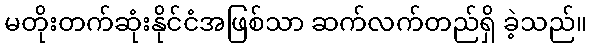
မတိုးတက်ဆုံးနိုင်ငံအဖြစ်သာ ဆက်လက်တည်ရှိ ခဲ့သည်။